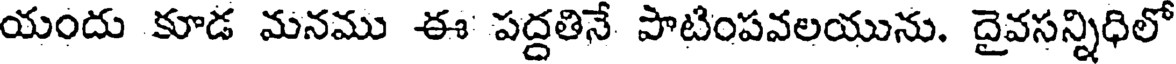
యందు కూడ మనము ఈ పద్దతినే పాటింపవలయును. దైవసన్నిధిలో